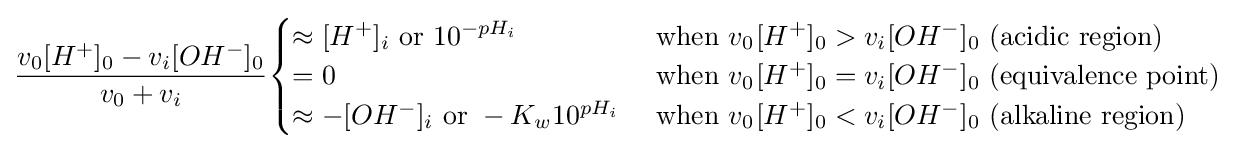
{\frac {v_{0}[H^{+}]_{0}-v_{i}[OH^{-}]_{0}}{v_{0}+v_{i}}}{\begin{cases}\approx [H^{+}]_{i}{\text{ or }}10^{-pH_{i}}&{\text{ when }}v_{0^{}}[H^{+}]_{0}>v_{i}[OH^{-}]_{0}{\text{ (acidic region)}}\\=0&{\text{ when }}v_{0^{}}[H^{+}]_{0}=v_{i}[OH^{-}]_{0}{\text{ (equivalence point)}}\\\approx -[OH^{-}]_{i}{\text{ or }}-K_{w}10^{pH_{i}}&{\text{ when }}v_{0^{}}[H^{+}]_{0}<v_{i}[OH^{-}]_{0}{\text{ (alkaline region)}}\end{cases}}